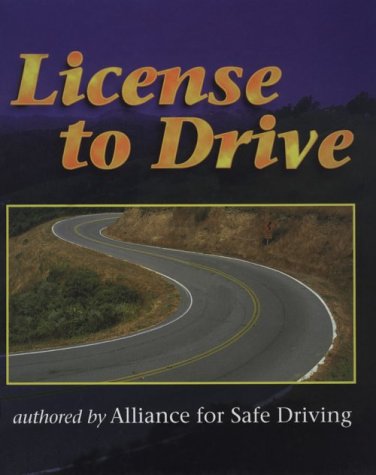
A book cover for License to Drive; Alliance for Safe Driving; Test Preparation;